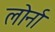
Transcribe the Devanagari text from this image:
लोर्ना